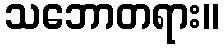
သဘောတရား။